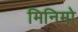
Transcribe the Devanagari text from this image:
मिनिमो